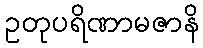
ဥတုပရိဏာမဇာနိ